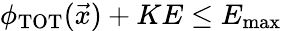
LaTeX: \phi_{\textrm{TOT}}(\vec{x})+KE\leq E_{\textrm{max}}